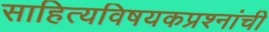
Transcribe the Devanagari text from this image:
साहित्यविषयकप्रश्नांची